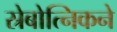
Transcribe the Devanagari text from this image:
स्रेबोत्निकने